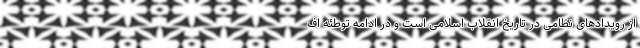
از رویدادهای نظامی در تاریخ انقلاب اسلامی است و در ادامه توطئه اف